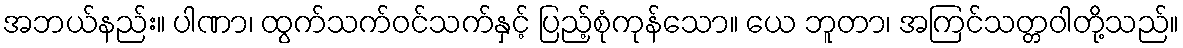
အဘယ်နည်း။ ပါဏာ၊ ထွက်သက်ဝင်သက်နှင့် ပြည့်စုံကုန်သော။ ယေ ဘူတာ၊ အကြင်သတ္တဝါတို့သည်။